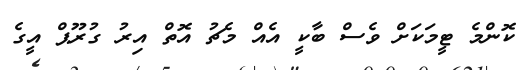
ކޮންމެ ޓީމަކަށް ވެސް ބާކީ އެއް މެޗު އޮތް އިރު ގުރޫޕް އީގެ